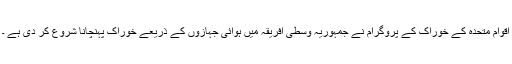
اقوام متحدہ کے خوراک کے پروگرام نے جمہوریہ وسطی افریقہ میں ہوائی جہازوں کے ذریعے خوراک پہنچانا شروع کر دی ہے ۔